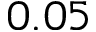
0 . 0 5